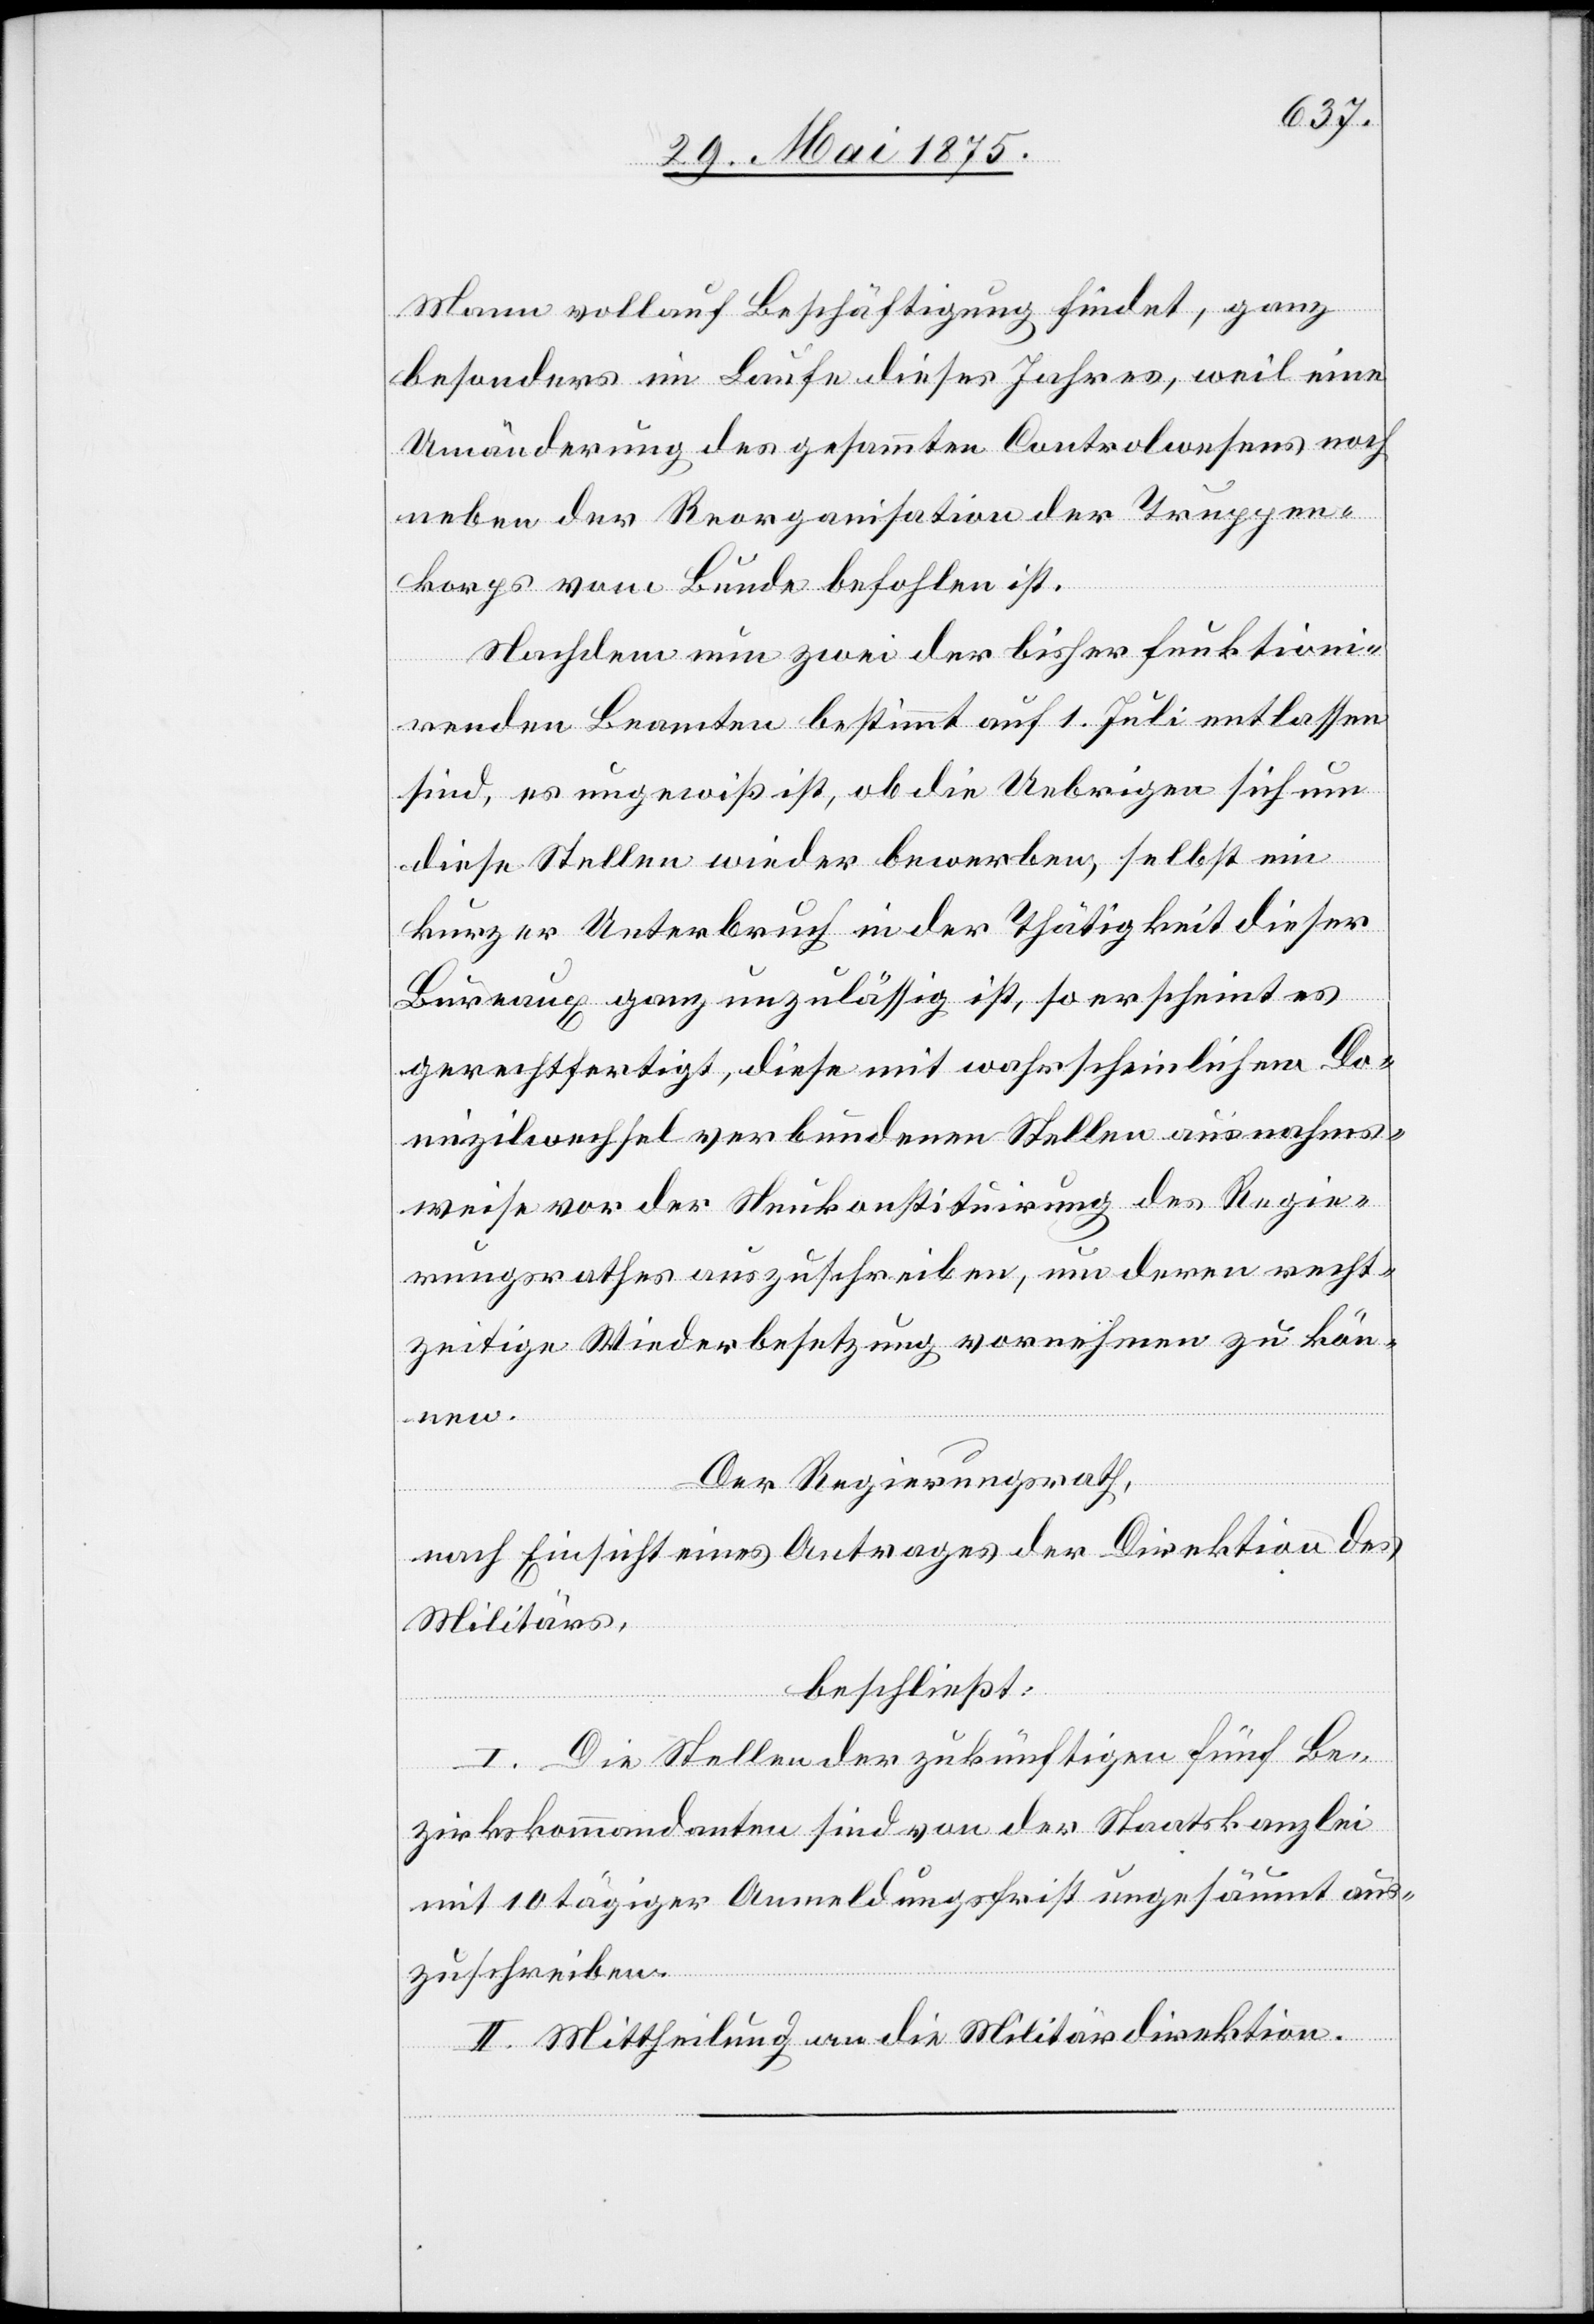
Mann vollauf Beschäftigung findet, ganz
besonders im Laufe dieses Jahres, weil eine
Umänderung des gesammten Controlwesens noch
neben der Reorganisation der Truppen¬
korps vom Bunde befohlen ist.
Nachdem nun zwei der bisher funktioni¬
renden Beamten bestimmt auf 1. Juli entlassen
sind, es ungewiß ist, ob die Uebrigen sich um
diese Stellen wieder bewerben, selbst ein
kurzer Unterbruch in der Thätigkeit dieser
Bureaux ganz unzulässig ist, so erscheint es
gerechtfertigt, diese mit wahrscheinlichem Do¬
mizilwechsel verbundenen Stellen ausnahms¬
weise vor der Neukonstituirung des Regie¬
rungsrathes auszuschreiben, um deren recht¬
zeitige Wiederbesetzung vornehmen zu kön¬
nen.
Der Regierungsrath,
nach Einsicht eines Antrages der Direktion des
Militärs,
beschließt:
I. Die Stellen der zukünftigen fünf Be¬
zirkskommandanten sind von der Staatskanzlei
mit 10 tägiger Anmeldungsfrist ungesäumt aus¬
zuschreiben.
II. Mittheilung an die Militärdirektion.